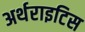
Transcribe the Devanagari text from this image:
अर्थराइटिस